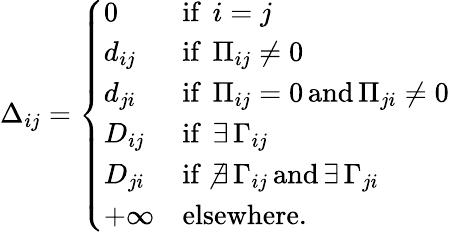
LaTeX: \Delta_{ij}=\left\{ \begin{array}{ll}{0}&{\mathrm{if~}\, i=j}\\ {d_{ij}}&{\mathrm{if~}\, \Pi_{ij}\neq 0}\\ {d_{ji}}&{\mathrm{if~}\, \Pi_{ij}=0\, \mathrm{and}\, \Pi_{ji}\neq 0}\\ {D_{ij}}&{\mathrm{if~}\, \exists\, \Gamma_{ij}}\\ {D_{ji}}&{\mathrm{if~}\, \nexists\, \Gamma_{ij}\, \mathrm{and}\, \exists\, \Gamma_{ji}}\\ {+\infty}&{\mathrm{elsewhere.}}\end{array}\right.